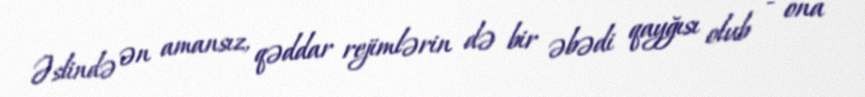
Əslində ən amansız, qəddar rejimlərin də bir əbədi qayğısı olub - ona